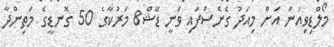
މޯލްޑިވިއަން އަށް މިއަދު ގެނެސްފައި ވަނީ ޑޭޝް8 މަރުކާގެ 50 ގޮނޑީގެ މަތިންދާ